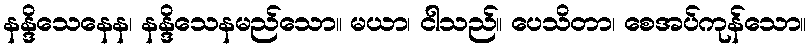
နန္ဒိသေနေန၊ နန္ဒိသေနမည်သော။ မယာ၊ ငါသည်။ ပေသိတာ၊ စေအပ်ကုန်သော။